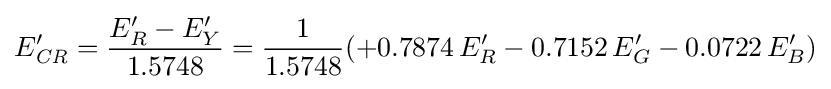
E'_{\mathit {CR}}={\frac {E'_{R}-E'_{Y}}{1.5748}}={\frac {1}{1.5748}}(+0.7874\,E'_{R}-0.7152\,E'_{G}-0.0722\,E'_{B})